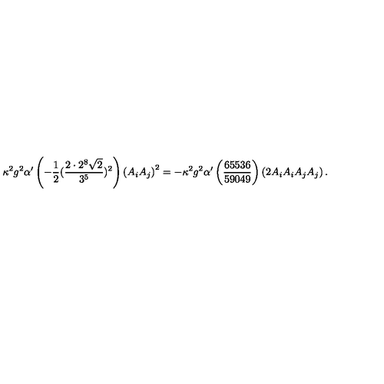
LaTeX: \kappa ^ { 2 } g ^ { 2 } \alpha ^ { \prime } \left( - \frac { 1 } { 2 } ( \frac { 2 \cdot 2 ^ { 8 } \sqrt { 2 } } { 3 ^ { 5 } } ) ^ { 2 } \right) \left( A _ { i } A _ { j } \right) ^ { 2 } = - \kappa ^ { 2 } g ^ { 2 } \alpha ^ { \prime } \left( \frac { 6 5 5 3 6 } { 5 9 0 4 9 } \right) \left( 2 A _ { i } A _ { i } A _ { j } A _ { j } \right) .